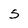
Character: s